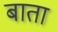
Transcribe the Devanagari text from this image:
बाता